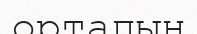
ортапың